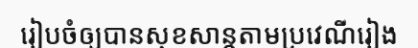
រៀបចំឲ្យបានសុខសាន្តតាមប្រវេណីរៀង